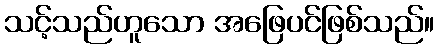
သင့်သည်ဟူသော အဖြေပင်ဖြစ်သည်။